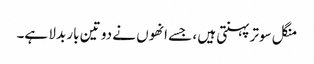
منگل سوتر پہنتی ہیں ، جسے انھوں نے دو تین بار بدلا ہے۔